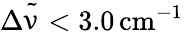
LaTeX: \Delta{\tilde{\upnu}}<3.0\, \mathrm{cm}^{-1}